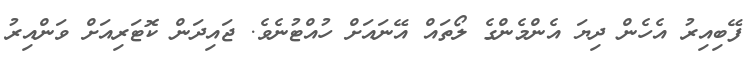
ފޭބިއިރު އެހެން ދިޔަ އެންމެންގެ ލޯތައް އޭނައަށް ހުއްޓުނެވެ. ޖައިދަން ކޮޓަރިއަށް ވަންއިރު